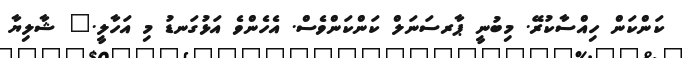
ކަންކަން ހިއްސާކުރޭ. މިބުނީ ޕާރސަނަލް ކަންކަންވެސް. އެހެންވެ އަޅުގަނޑު މި އަހާލީ." ޝާލިޔާ